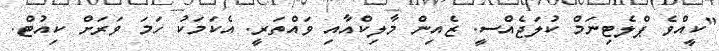
"ކީއްވެ ޕްލެޓިނަމް ކުލަޖެއްސީ. ޒެއިން މާލިކްއާއި ވައްތަރީ. އެކަމަކު ހަމަ ވަރަށް ކިއުޓް.